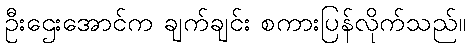
ဦးဌေးအောင်က ချက်ချင်း စကားပြန်လိုက်သည်။